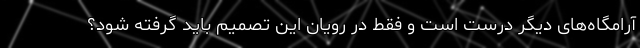
آرامگاه‌های دیگر درست است و فقط در رویان این تصمیم باید گرفته شود؟